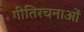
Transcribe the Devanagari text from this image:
गीतिरचनाओं